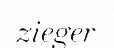
zieger